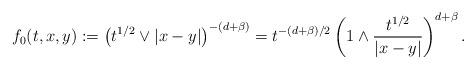
LaTeX: \begin{align*}f_0(t, x, y):=\left( t^{1/2} \vee |x-y| \right)^{-(d+\beta)}= t^{-(d+\beta)/2} \left( 1 \wedge \frac{t^{1/2}}{|x-y|} \right)^{d+\beta}.\end{align*}